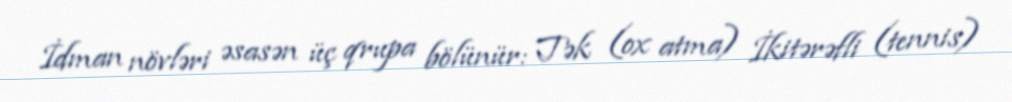
İdman növləri əsasən üç qrupa bölünür: Tək (ox atma) İkitərəfli (tennis)